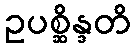
ဥပစ္ဆိန္ဒတိ